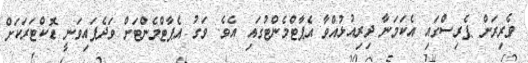
ވެރިރަށް ޕެރިސްގައި އެކަމަނާ ދިރިއުޅުއްވާ އެޕާޓްމެންޓުގައި އެވެ. ވަގު އެޕާޓްމެންޓަށް ވަދެފައިވަނީ ޑޮކްޓަރަކަށް